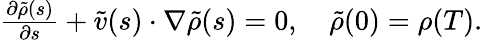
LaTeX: \begin{array}{r}{\frac{\partial\tilde{\rho}(s)}{\partial s}+\tilde{v}(s)\cdot\nabla\tilde{\rho}(s)=0,\quad\tilde{\rho}(0)=\rho(T).}\end{array}